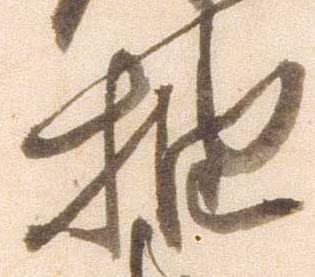
抽